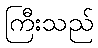
ကြီးသည်